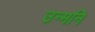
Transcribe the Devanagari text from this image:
उन्मनि